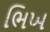
ભિખ